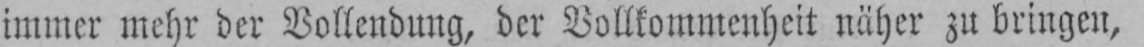
immer mehr der Vollendung, der Vollkommenheit näher zu bringen,